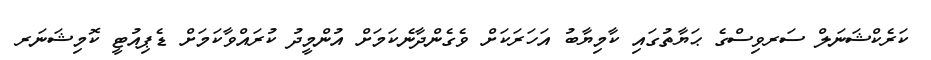
ކަރެކްޝަނަލް ސަރވިސްގެ ޙަޔާތުގައި ކާމިޔާބު އަހަރަކަށް ވެގެންދާނެކަމަށް އުންމީދު ކުރައްވާކަމަށް ޑެޕިއުޓީ ކޮމިޝަނަރ